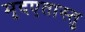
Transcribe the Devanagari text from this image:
मृदएतास्तु